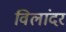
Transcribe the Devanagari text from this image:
विलांदर